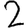
Digit: 2